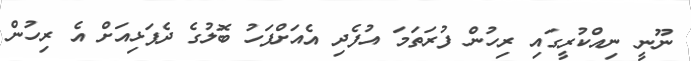
ނޫނީ ނިއްކުރީގައި ރިހުން ފުރަތަމަ އުފެދި އެއަށްފަހު ބޮލުގެ ދެފަޅިއަށް އެ ރިހުން